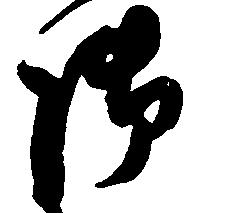
御